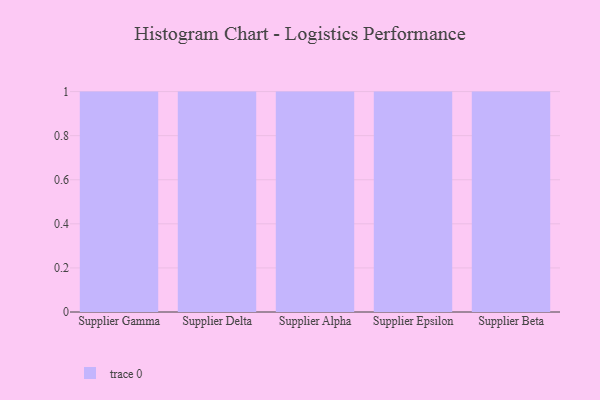
{"axis": {"x": "Supplier", "y": "Shipments"}, "legend": [""], "data": [{"x": "Supplier Gamma", "y": 33, "type": ""}, {"x": "Supplier Delta", "y": 99, "type": ""}, {"x": "Supplier Alpha", "y": 85, "type": ""}, {"x": "Supplier Epsilon", "y": 68, "type": ""}, {"x": "Supplier Beta", "y": 100, "type": ""}]}